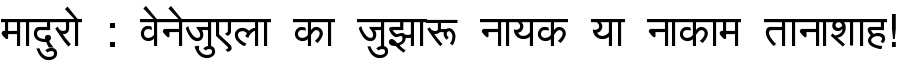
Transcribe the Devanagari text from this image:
मादुरो : वेनेज़ुएला का जुझारू नायक या नाकाम तानाशाह!